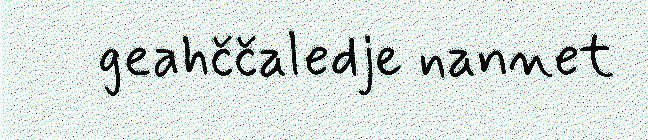
geahččaledje nannet